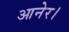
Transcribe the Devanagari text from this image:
आनेर।